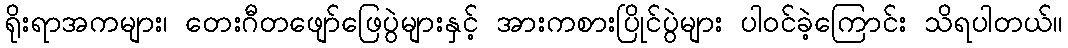
ရိုးရာအကများ၊ တေးဂီတဖျော်ဖြေပွဲများနှင့် အားကစားပြိုင်ပွဲများ ပါဝင်ခဲ့ကြောင်း သိရပါတယ်။